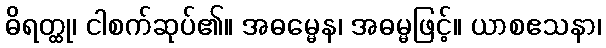
ဓိရတ္ထု၊ ငါစက်ဆုပ်၏။ အဓမ္မေန၊ အဓမ္မဖြင့်။ ယာစဧသနာ၊